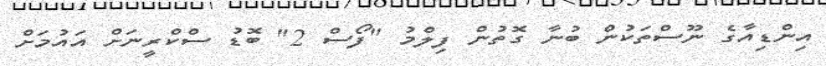
އިންޑިއާގެ ނޫސްތަކުން ބުނާ ގޮތުން ފިލްމު "ފޯސް 2" ބޮޑު ސްކްރީނަށް އައުމަށް